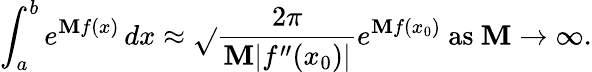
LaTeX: \int_{a}^{b}e^{\mathbf{M}f(x)}\, dx\approx{\sqrt{}{{\frac{{2\pi}}{{\mathbf{M}|f^{\prime\prime}(x_{0})|}}}}}e^{\mathbf{M}f(x_{0})}{\mathrm{{~as~}}}\mathbf{M}\to\infty.